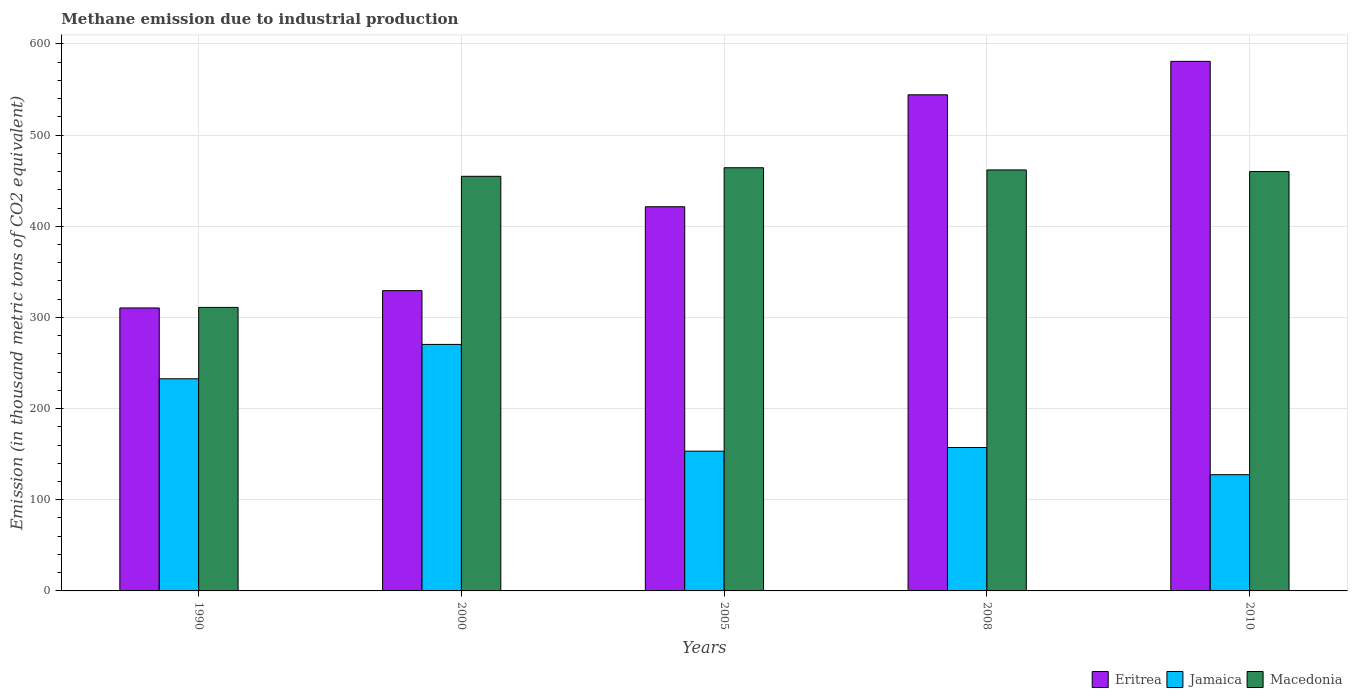
| Years | Eritrea | Jamaica | Macedonia |
 | --- | --- | --- | --- |
 | 1990 | 310 | 233 | 311 |
 | 2000 | 329 | 270 | 455 |
 | 2005 | 421 | 153 | 464 |
 | 2008 | 544 | 157 | 462 |
 | 2010 | 581 | 128 | 460 |